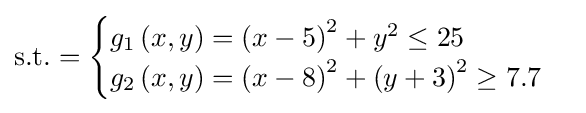
{\text{s.t.}}={\begin{cases}g_{1}\left(x,y\right)=\left(x-5\right)^{2}+y^{2}\leq 25\\g_{2}\left(x,y\right)=\left(x-8\right)^{2}+\left(y+3\right)^{2}\geq 7.7\\\end{cases}}